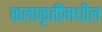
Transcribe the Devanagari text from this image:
कलाकृतींमधील